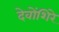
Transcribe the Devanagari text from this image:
देवोंशिरे